Indian journal of veterinary science and animal husbandry - Volume 10,
Year: 1940
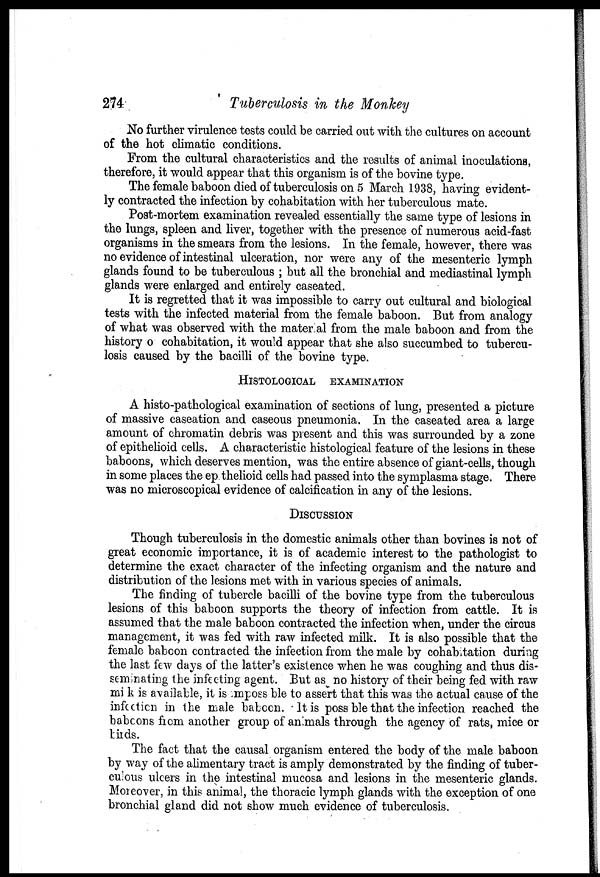
274
Tuberculosis in the Monkey
No further virulence tests could be carried out with the cultures on account
of the hot climatic conditions.
From the cultural characteristics and the results of animal inoculations,
therefore, it would appear that this organism is of the bovine type.
The female baboon died of tuberculosis on 5 March 1938, having evident-
ly contracted the infection by cohabitation with her tuberculous mate.
Post-mortem examination revealed essentially the same type of lesions in
the lungs, spleen and liver, together with the presence of numerous acid-fast
organisms in the smears from the lesions. In the female, however, there was
no evidence of intestinal ulceration, nor were any of the mesenteric lymph
glands found to be tuberculous ; but all the bronchial and mediastinal lymph
glands were enlarged and entirely caseated.
It is regretted that it was impossible to carry out cultural and biological
tests with the infected material from the female baboon. But from analogy
of what was observed with the material from the male baboon and from the
history o cohabitation, it would appear that she also succumbed to tubercu-
losis caused by the bacilli of the bovine type.
HISTOLOGICAL EXAMINATION
A histo-pathological examination of sections of lung, presented a picture
of massive caseation and caseous pneumonia. In the caseated area a large
amount of chromatin debris was present and this was surrounded by a zone
of epithelioid cells. A characteristic histological feature of the lesions in these
baboons, which deserves mention, was the entire absence of giant-cells, though
in some places the ep thelioid cells had passed into the symplasma stage. There
was no microscopical evidence of calcification in any of the lesions.
DISCUSSION
Though tuberculosis in the domestic animals other than bovines is not of
great economic importance, it is of academic interest to the pathologist to
determine the exact character of the infecting organism and the nature and
distribution of the lesions met with in various species of animals.
The finding of tubercle bacilli of the bovine type from the tuberculous
lesions of this baboon supports the theory of infection from cattle. It is
assumed that the male baboon contracted the infection when, under the circus
management, it was fed with raw infected milk. It is also possible that the
female baboon contracted the infection from the male by cohabitation during
the last few days of the latter's existence when he was coughing and thus dis-
seminating the infecting agent. But as no history of their being fed with raw
milk is available, it is impossible to assert that this was the actual cause of the
infection in the male baboon. It is possible that the infection reached the
baboons from another group of animals through the agency of rats, mice or
birds.
The fact that the causal organism entered the body of the male baboon
by way of the alimentary tract is amply demonstrated by the finding of tuber-
culous ulcers in the intestinal mucosa and lesions in the mesenteric glands.
Moreover, in this animal, the thoracic lymph glands with the exception of one
bronchial gland did not show much evidence of tuberculosis.